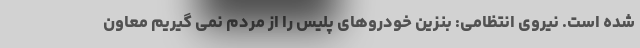
شده است. نیروی انتظامی: بنزین خودروهای پلیس را از مردم نمی گیریم معاون